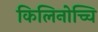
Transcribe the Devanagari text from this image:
किलिनोच्चि